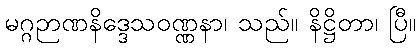
မဂ္ဂဉာဏနိဒ္ဒေသဝဏ္ဏနာ၊ သည်။ နိဋ္ဌိတာ၊ ပြီ။